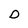
Character: D